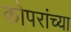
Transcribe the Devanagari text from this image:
कोपरांच्या